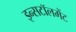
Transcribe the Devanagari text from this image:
इन्सटॉलमेंट